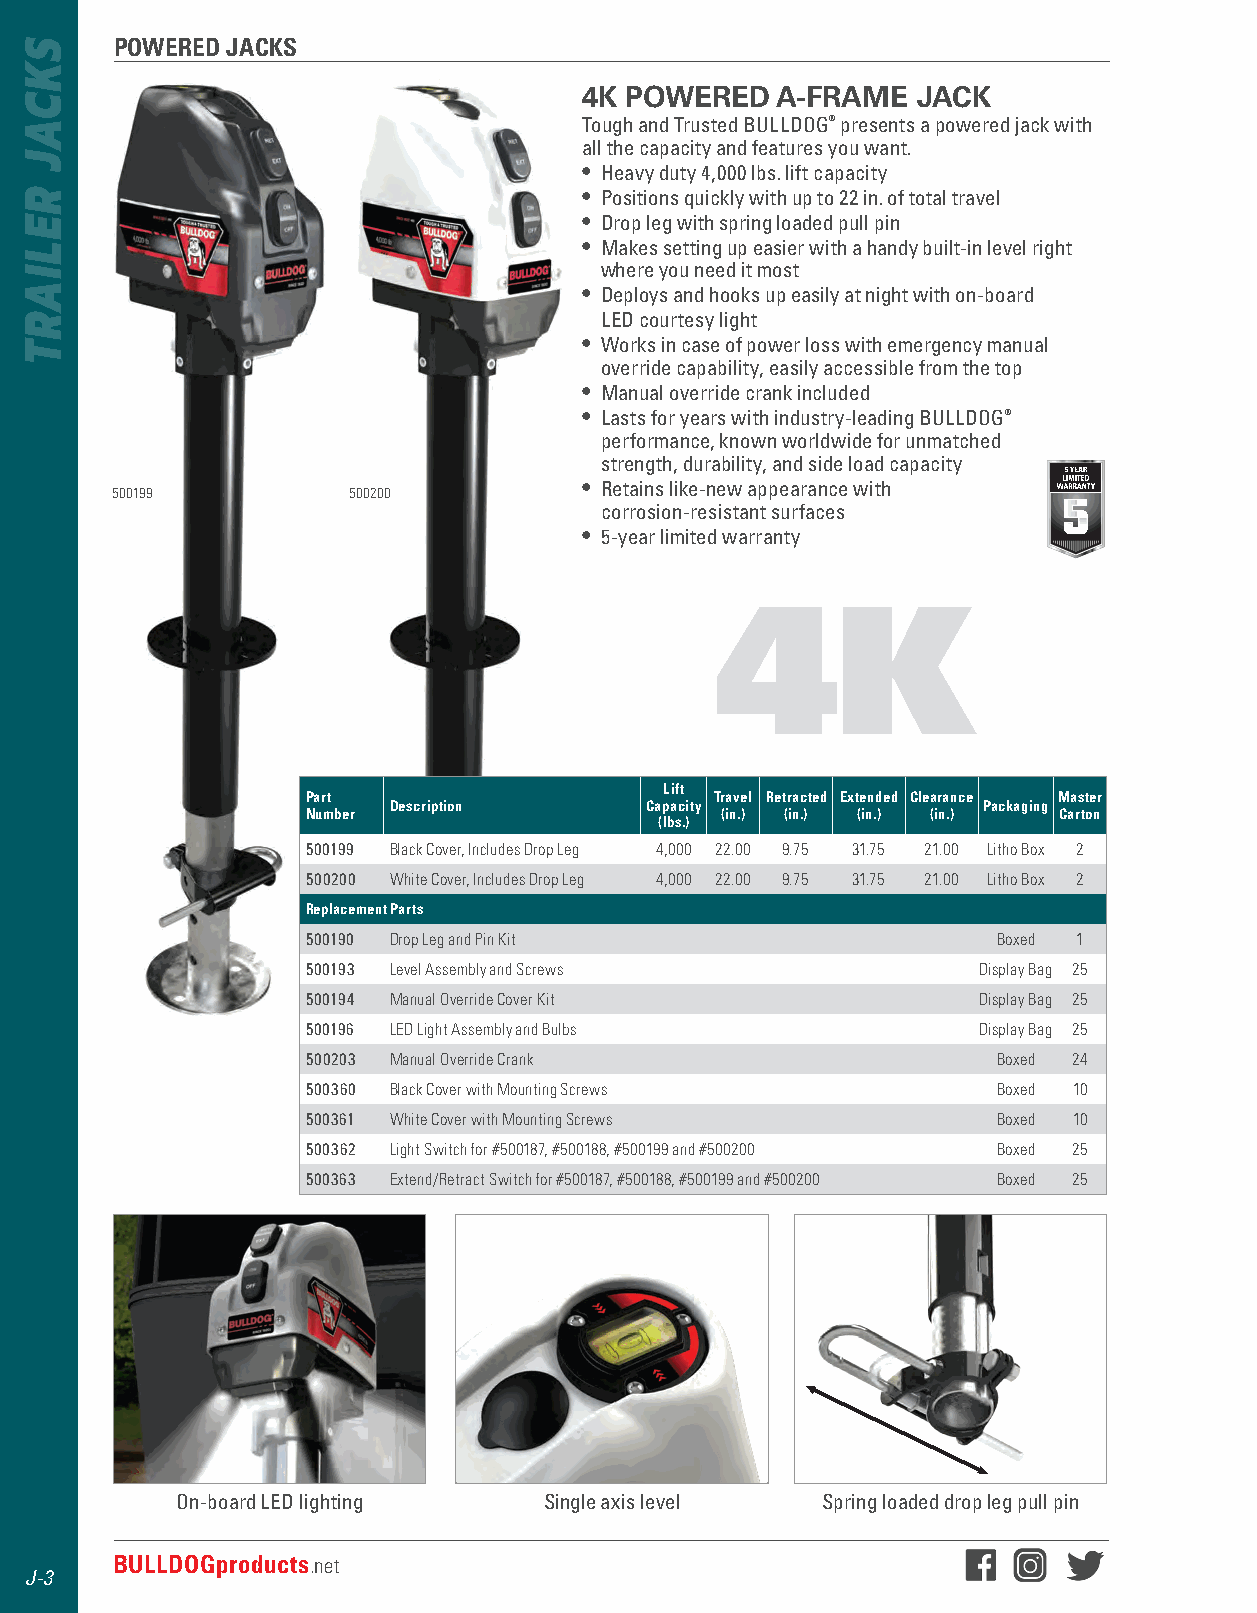
POWERED JACKS
 4K POWERED  A-FRAME   JACK
 Tough and Trusted BULLDOG® presents a powered jack with
 all the capacity and features you want .
 • Heavy duty 4,000 lbs . lift capacity
 • Positions quickly with up to 22 in . of total travel
 • Drop leg with spring loaded pull pin
 • Makes setting up easier with a handy built-in level right
 where you need it most
 • Deploys and hooks up easily at night with on-board
 LED courtesy light
 • Works in case of power loss with emergency manual
 override capability, easily accessible from the top
 • Manual override crank included
 • Lasts for years with industry-leading BULLDOG®
 performance, known worldwide for unmatched
 strength, durability, and side load capacity
 500199          500200          • Retains like-new appearance with
 corrosion-resistant surfaces
 • 5-year limited warranty
 4K
 Lift
 Part                       Travel Retracted Extended Clearance Master
 Description      Capacity              Packaging
 Number                      (in.) (in.) (in.) (in.) Carton
 (lbs.)
 500199 Black Cover, Includes Drop Leg 4,000 22.00 9.75 31.75 21.00 Litho Box 2
 500200 White Cover, Includes Drop Leg 4,000 22.00 9.75 31.75 21.00 Litho Box 2
 Replacement Parts
 500190 Drop Leg and Pin Kit                   Boxed 1
 500193 Level Assembly and Screws             Display Bag 25
 500194 Manual Override Cover Kit             Display Bag 25
 500196 LED Light Assembly and Bulbs          Display Bag 25
 500203 Manual Override Crank                  Boxed 24
 500360 Black Cover with Mounting Screws       Boxed 10
 500361 White Cover with Mounting Screws       Boxed 10
 500362 Light Switch for #500187, #500188, #500199 and #500200 Boxed 25
 500363 Extend/Retract Switch for #500187, #500188, #500199 and #500200 Boxed 25
 On-board LED lighting   Single axis level Spring loaded drop leg pull pin
 J-3  BULLDOGproducts.net
 J-3
 SKCAJ
 RELIART